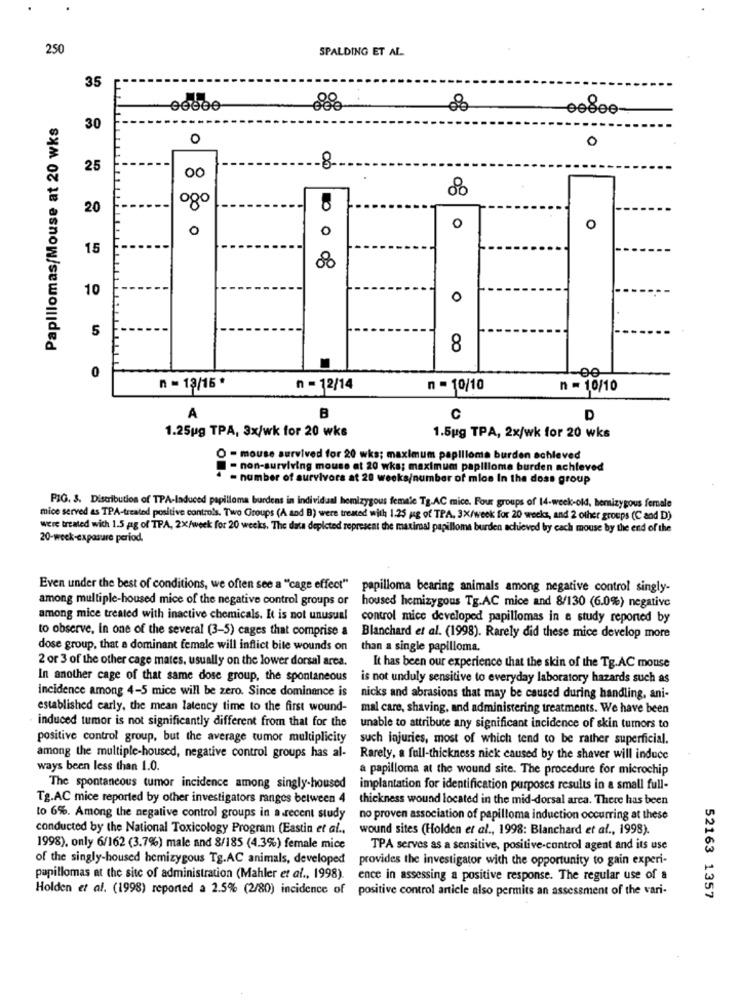
250
SPALDING ET AL.
35
F
eeSee-
Papillomas/Mouse at 20 wks
30
0
0
25
00
80
o8o
20
0
0
0
O
15
--
10
0
5
8
0
-00
n = 18/15 *
n = 12/14
n = 10/10
n = 10/10
B
A
C
D
1.25ug TPA, 3x/wk for 20 wks
1.5ug TPA, 2x/wk for 20 wks
O - mouse survived for 20 wks; maximum papilloma burden achieved
- non-surviving mouse at 20 wka; maximum papilloma burden achieved
4 - number of survivors at 20 weeks/number of mice In the doss group
PIG. 3. Distribution of TPA-Induced papilloma burdens in individual hemizygous female Tg.AC mice. Four groups of 14-week-old, hemizygous female
mice served as TPA-treated positive controls. Two Groups (A and B) were treated with 1.25 ug of TPA, 3X/week for 20 weeks, and 2 other groups (C and D)
were treated wich 1.5 ag of TPA, 2X/week for 20 weeks, The data depicted represent the maximaal papilloma burden achieved by cach mouse by the end of the
20-week-exposure period.
Even under the best of conditions, we often see a "cage effect"
papilloma bearing animals among negative control singly-
among multiple-housed mice of the negative control groups or
housed hemizygous Tg.AC mice and 8/130 (6.0%) negative
among mice treated with inactive chemicals. It is not unusual
control mice developed papillomas in a study reported by
to observe, in one of the several (3-5) cages that comprise a
Blanchard et al. (1998). Rarely did these mice develop more
dose group, that a dominant female will inflict bite wounds on
than a single papilloma.
2 or 3 of the other cage mates, usually on the lower dorsal area.
It has been our experience that the skin of the Tg.AC mouse
In another cage of that same dose group, the spontaneous
is not unduly sensitive to everyday laboratory hazards such as
incidence among 4-5 mice will be zero. Since dominance is
nicks and abrasions that may be caused during handling, ani-
established carly, the mean latency time to the first wound-
mal care, shaving, and administering treatments. We have been
induced tumor is not significantly different from that for the
unable to attribute any significant incidence of skin tumors to
positive control group, but the average tumor multiplicity
such injuries, most of which tend to be rather superficial.
among the multiple-housed, negative control groups has al-
Rarely, a full-thickness nick caused by the shaver will induce
ways been less than 1.0.
a papilloma at the wound site. The procedure for microchip
The spontaneous tumor incidence among singly-housed
implantation for identification purposes results in a small full-
Tg.AC mice reported by other investigators ranges between 4
thickness wound located in the mid-dorsal area. There has been
to 6%. Among the negative control groups in arecent study
no proven association of papilloma induction occurring at these
conducted by the National Toxicology Program (Eastin et al .,
wound sites (Holden et al ., 1998: Blanchard et al ., 1998)
1998), only 6/162 (3.7%) male and 8/185 (4.3%) female mice
TPA serves as a sensitive, positive-control agent and its use
of the singly-housed hemizygous Tg.AC animals, developed
provides the investigator with the opportunity to gain experi-
papillomas at the site of administration (Mahler et al ., 1998).
ence in assessing a positive response. The regular use of a
Holden et al. (1998) reported a 2.5% (2/80) incidence of
positive control article also permits an assessment of the vari-
52163 1357